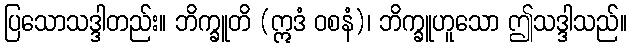
ပြသောသဒ္ဒါတည်း။ ဘိက္ခူတိ (ဣဒံ ဝစနံ)၊ ဘိက္ခူဟူသော ဤသဒ္ဒါသည်။